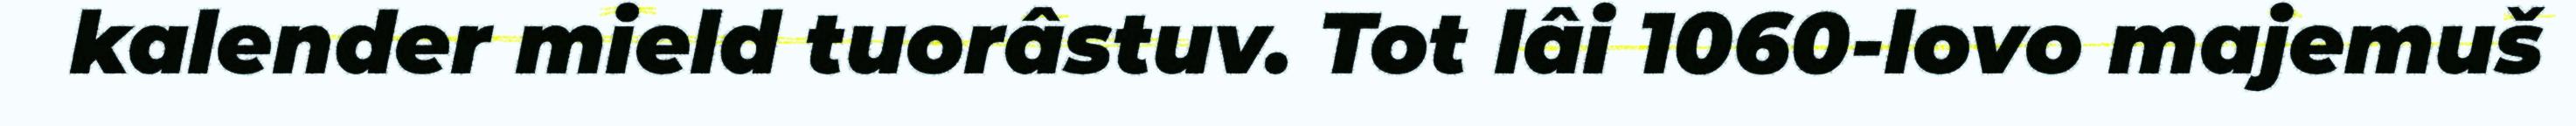
kalender mield tuorâstuv. Tot lâi 1060-lovo majemuš